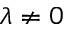
\lambda \neq 0